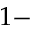
1 -